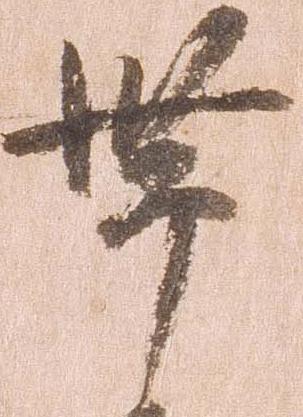
帯